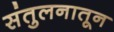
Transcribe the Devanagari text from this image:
संतुलनातून